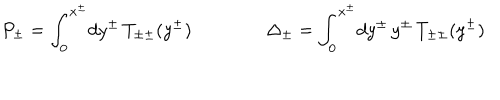
LaTeX: P _ { \pm } = \int _ { 0 } ^ { x ^ { \pm } } \! d y ^ { \pm } \, T _ { \pm \pm } ( y ^ { \pm } ) \qquad \qquad \Delta _ { \pm } = \int _ { 0 } ^ { x ^ { \pm } } \! d y ^ { \pm } \, y ^ { \pm } \, T _ { \pm \pm } ( y ^ { \pm } )